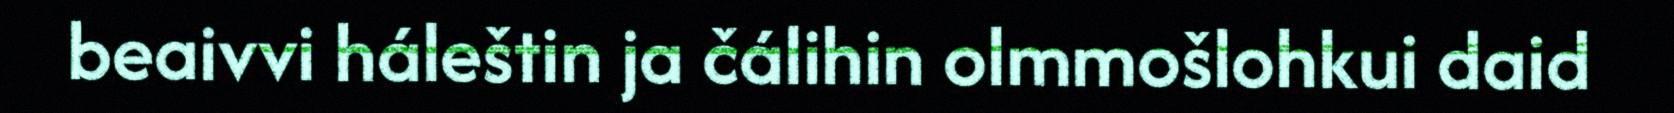
beaivvi háleštin ja čálihin olmmošlohkui daid